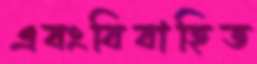
এবংবিবাহিত